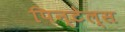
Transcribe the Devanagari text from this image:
पिन्टेल्स